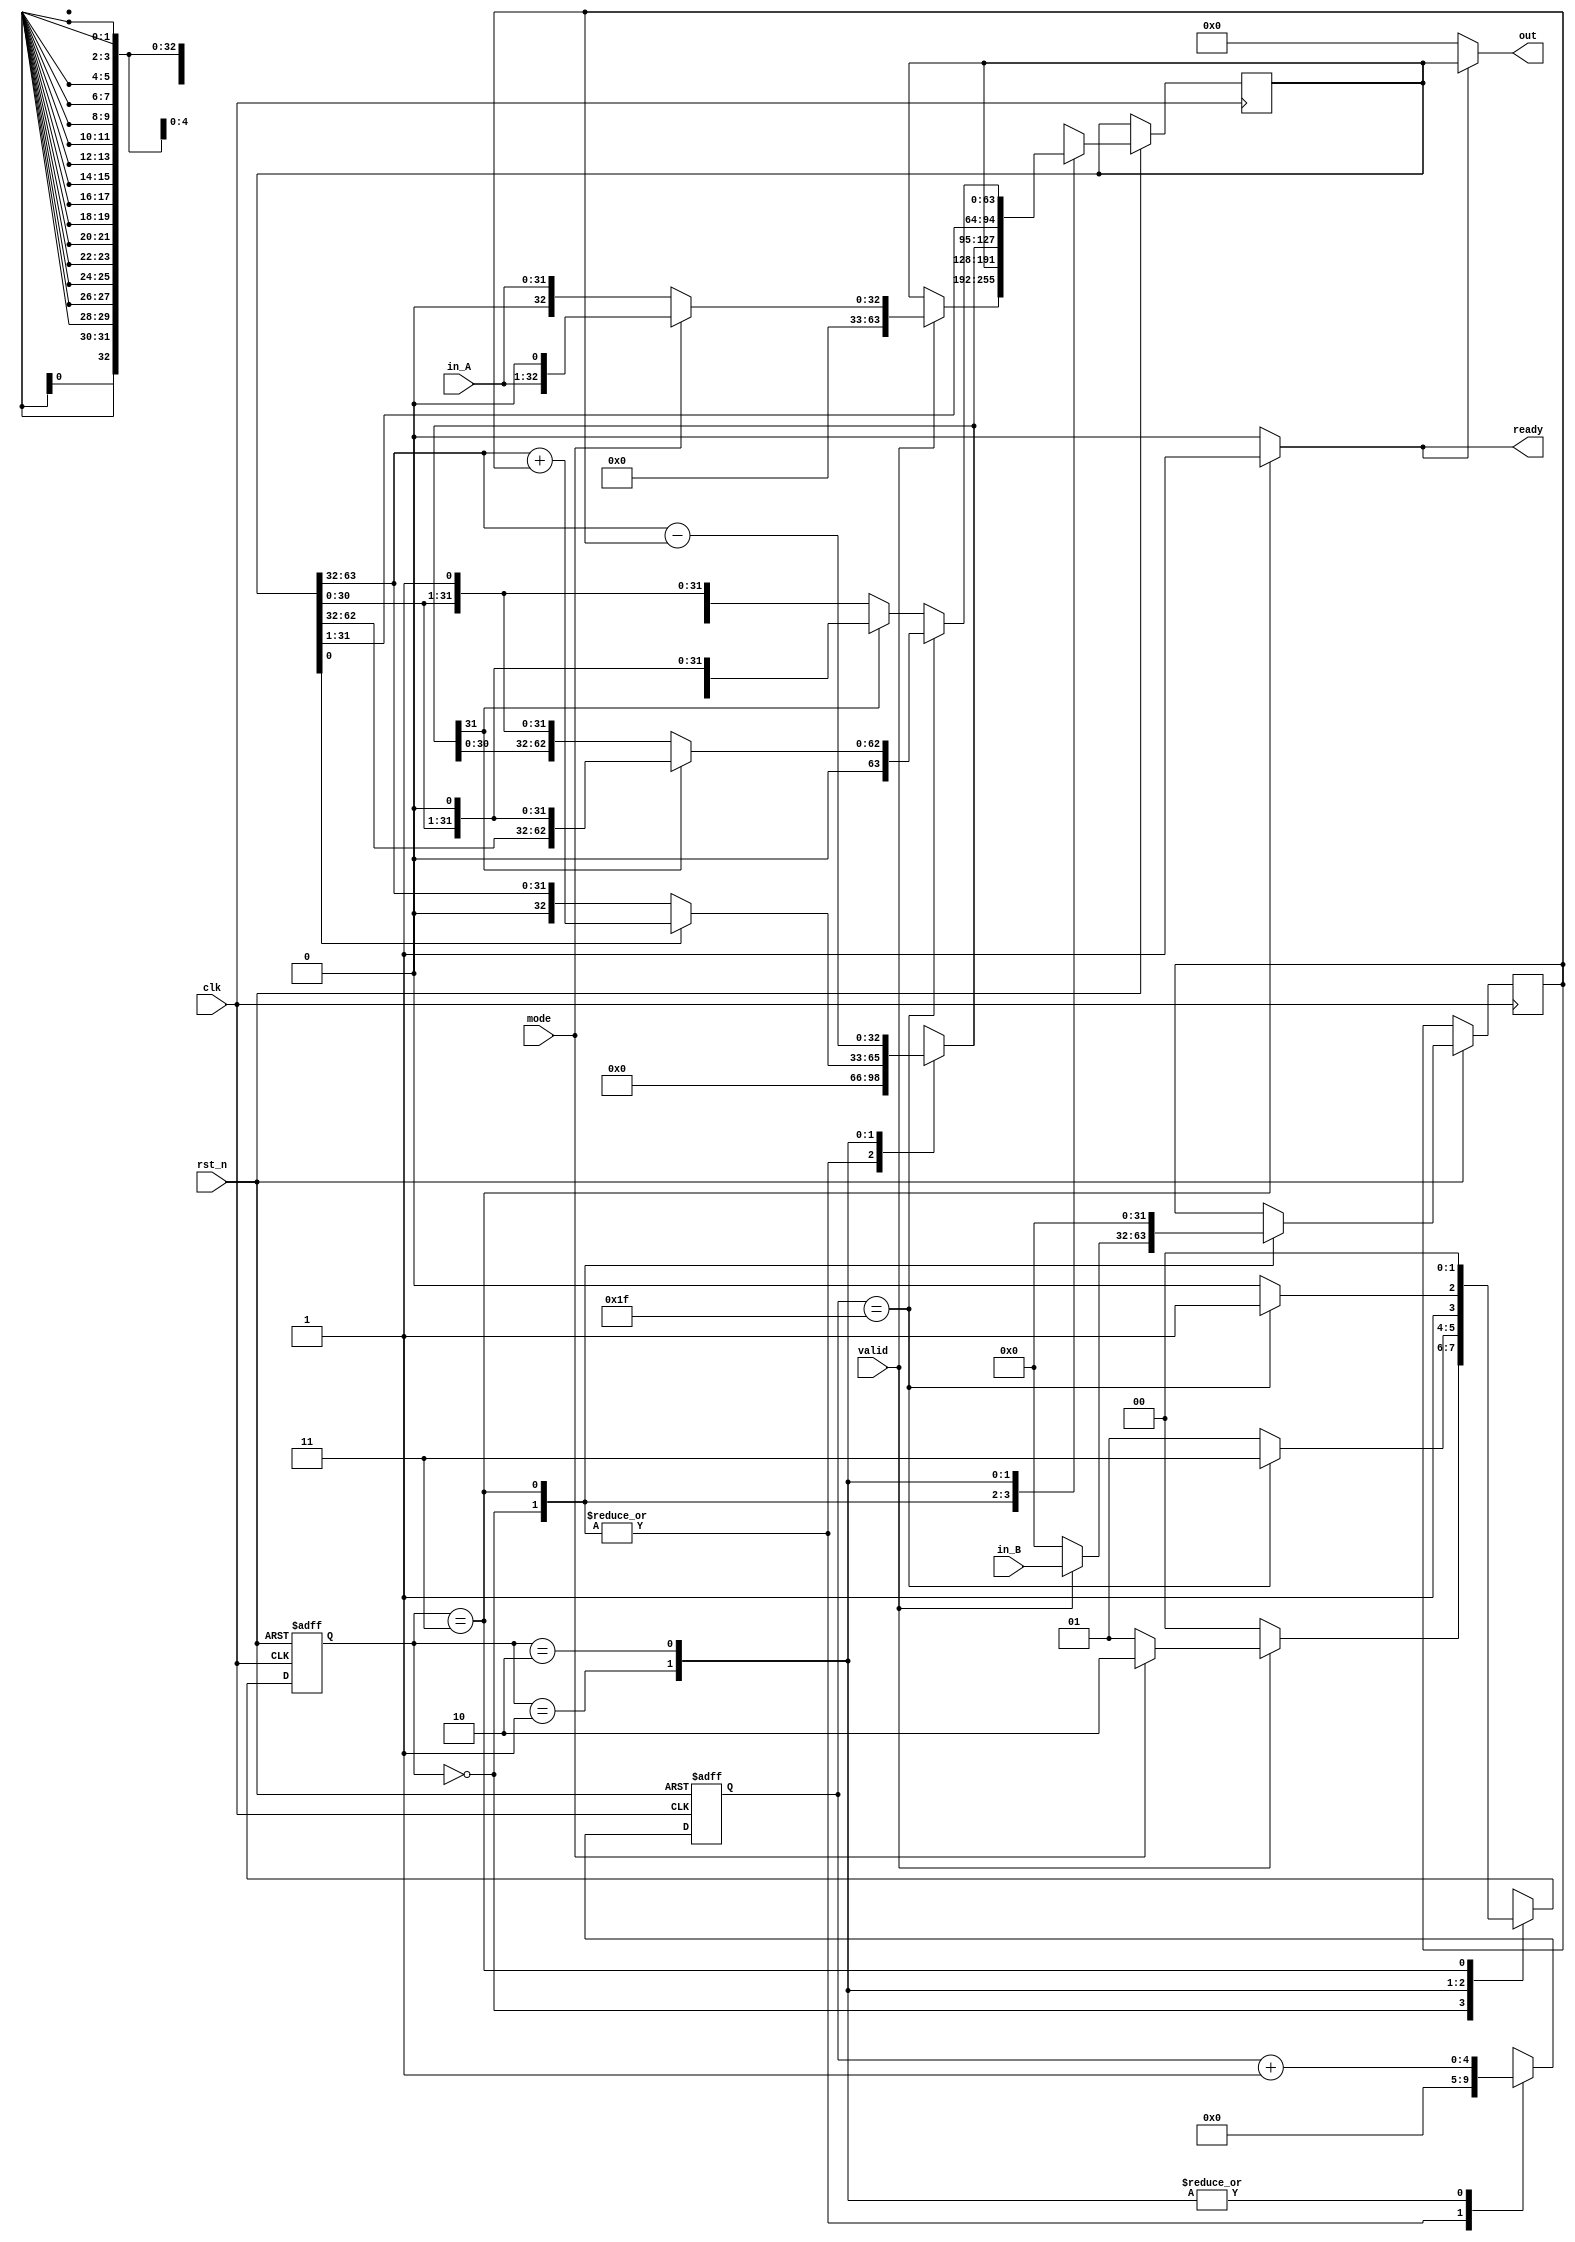
module multDiv(
    clk,
    rst_n,
    valid,
    ready,
    mode,
    in_A,
    in_B,
    out
);

    // Definition of ports
    input         clk, rst_n;
    input         valid, mode; // mode: 0: multu, 1: divu
    output        ready;
    input  [31:0] in_A, in_B;
    output [63:0] out;

    // Definition of states
    parameter IDLE = 2'b00;
    parameter MULT = 2'b01;
    parameter DIV  = 2'b10;
    parameter OUT  = 2'b11;

    // Todo: Wire and reg
    reg  [ 1:0] state, state_nxt;
    reg  [ 4:0] counter, counter_nxt;
    reg  [63:0] shreg, shreg_nxt;
    reg  [31:0] alu_in, alu_in_nxt;
    reg  [32:0] alu_out;

    // Todo 5: wire assignments
    assign ready=(state==OUT)?1'b1:1'b0;
    assign out=(ready==1'b1)?shreg:64'd0;
    // Combinational always block
    // Todo 1: State machine
    always @(*) begin
        case(state)
            IDLE:begin
	    if(valid==1'b0)
		state_nxt=IDLE;
	    else
		if(mode==1'b0)
		    state_nxt=MULT;
		else
		    state_nxt=DIV;
            end
            MULT:begin
	    if(counter==5'b11111)
		state_nxt=OUT;
	    else
		state_nxt=MULT; 
	    end
            DIV:begin
	    if(counter==5'b11111)
		state_nxt=OUT;
	    else
		state_nxt=DIV;
	    end
            OUT: begin
		state_nxt = IDLE;
	    end
        endcase
    end
    // Todo 2: Counter
    always @(*) begin
    	case(state)
	    IDLE: counter_nxt=0;
	    OUT: counter_nxt=0;
	    MULT: counter_nxt=counter+1;
	    DIV: counter_nxt=counter+1;
	    default:counter_nxt=0;
	endcase
    end
    // ALU input
    always @(*) begin
        case(state)
            IDLE: begin
                if (valid) alu_in_nxt = in_B;
                else       alu_in_nxt = 0;
            end
            OUT : alu_in_nxt = 0;
            default: alu_in_nxt = alu_in;
        endcase
    end

    // Todo 3: ALU output
    always @(*) begin
	case(state)
	    IDLE:alu_out=32'd0;
	    OUT:alu_out=32'd0;
	    MULT:begin
		if(shreg[0]==1'b0) alu_out=shreg[63:32];
		else 		 alu_out=shreg[63:32]+alu_in;
	    end
	    DIV:begin
		alu_out=shreg[63:32]-alu_in;
	    end
	endcase
    end
    // Todo 4: Shift register
    always @(*) begin
	case(state)
	    IDLE:begin
		if(valid) begin
		    if(mode) shreg_nxt={31'd0,in_A,1'd0};
		    else shreg_nxt={32'd0,in_A};
		end
		else shreg_nxt=shreg;
	    end
	    OUT: shreg_nxt=shreg;
	    MULT: begin
		shreg_nxt={1'd0,alu_out,shreg[31:1]};
	    end
	    DIV: begin
		if (counter == 5'd31) begin
                    if (alu_out[31] == 1) shreg_nxt={1'd0,shreg[62:32],shreg[30:0],1'd0};
                    else shreg_nxt={1'd0, alu_out[30:0],shreg[30:0],1'd1};
     		end
                else begin
                    if (alu_out[31] == 1) shreg_nxt={shreg[62:0],1'd0};
                    else shreg_nxt={alu_out[30:0],shreg[31:0],1'd1};
                end
	    end
	endcase
    end
    // Todo: Sequential always block
    always @(posedge clk or negedge rst_n) begin
        if (!rst_n) begin
            state <= IDLE;
	    counter <= 0;
        end
        else begin
            state <= state_nxt;
	    counter <= counter_nxt;
	    shreg <= shreg_nxt;
	    alu_in <= alu_in_nxt;
        end
    end

endmodule